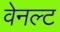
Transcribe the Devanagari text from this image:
वेनल्ट